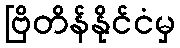
ဗြိတိန်နိုင်ငံမှ